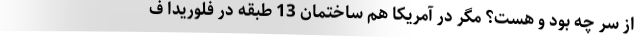
از سر چه بود و هست؟ مگر در آمریکا هم ساختمان 13 طبقه در فلوریدا ف